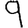
Digit: 9